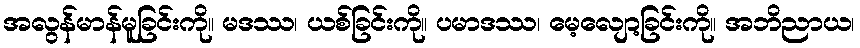
အလွန်မာန်မူခြင်းကို။ မဒဿ၊ ယစ်ခြင်းကို။ ပမာဒဿ၊ မေ့လျော့ခြင်းကို။ အဘိညာယ၊